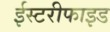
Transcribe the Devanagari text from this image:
ईस्टरीफाइड